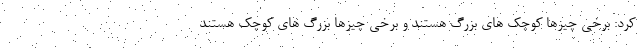
کرد: برخی چیزها کوچک های بزرگ هستند و برخی چیزها بزرگ های کوچک هستند